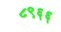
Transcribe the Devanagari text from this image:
८९६६